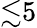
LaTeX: {\lesssim}5